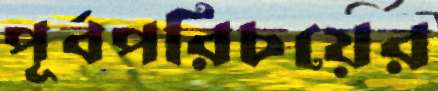
পূর্বপরিচয়ের